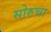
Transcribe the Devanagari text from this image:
सोरुचा